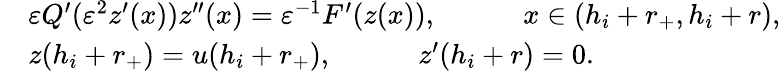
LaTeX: \begin{array}{rl}&{\varepsilon Q^{\prime}(\varepsilon^{2}z^{\prime}(x))z^{\prime\prime}(x)=\varepsilon^{-1}F^{\prime}(z(x)),\quad\qquad x\in(h_{i}+r_{+},h_{i}+r),}\\ &{z(h_{i}+r_{+})=u(h_{i}+r_{+}),\quad\qquad z^{\prime}(h_{i}+r)=0.}\end{array}